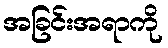
အခြင်းအရာကို